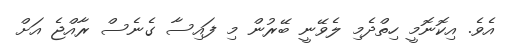
އެވެ. އިކޮނޮމީ ހިތްދެމި ލެވޭނީ ބޭރުން މި ފައިސާ ގެނެސް ރާއްޖެ އަށް